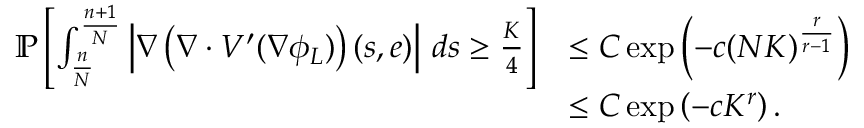
\begin{array} { r l } { \mathbb { P } \left[ \int _ { \frac { n } { N } } ^ { \frac { n + 1 } { N } } \left| \nabla \left( \nabla \cdot V ^ { \prime } ( \nabla \phi _ { L } ) \right) ( s , e ) \right| \, d s \geq \frac { K } { 4 } \right] } & { \leq C \exp \left( - c ( N K ) ^ { \frac { r } { r - 1 } } \right) } \\ & { \leq C \exp \left( - c K ^ { r } \right) . } \end{array}